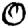
Digit: 0